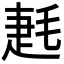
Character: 𣮌